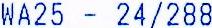
WA25 - 24/288